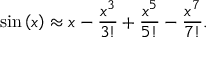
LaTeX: \sin \left( x \right) \approx x - { \frac { x ^ { 3 } } { 3 ! } } + { \frac { x ^ { 5 } } { 5 ! } } - { \frac { x ^ { 7 } } { 7 ! } } .